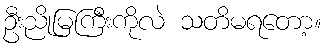
ဦးညိုမြကြီးကိုလဲ သတိမရတော့။